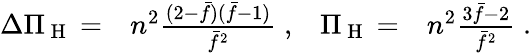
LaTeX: \begin{array}{rlrl}{\Delta\Pi_{\mathrm{~H~}}=}&{{}n^{2}\frac{(2-\bar{f})(\bar{f}-1)}{\bar{f}^{2}}\; ,}&{\Pi_{\mathrm{~H~}}=}&{{}n^{2}\frac{3\bar{f}-2}{\bar{f}^{2}}\; .}\end{array}